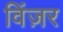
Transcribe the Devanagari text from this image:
विंज़र